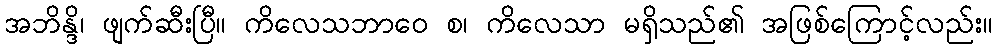
အဘိန္ဒိ၊ ဖျက်ဆီးပြီ။ ကိလေသဘာဝေ စ၊ ကိလေသာ မရှိသည်၏ အဖြစ်ကြောင့်လည်း။